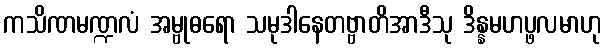
ကသိဏမဏ္ဍလံ အမ္ဗုဓရော သမုဒါနေတဗ္ဗာတိအာဒီသု ဒိန္နမဟပ္ဖလမာဟု